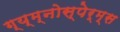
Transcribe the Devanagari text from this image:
ग्य्म्नोस्पेर्म्स